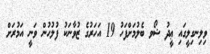
ވިލިނގިލީގައި ޢީދު ޝޯވ ބެލުމަށްފަހު 19 އަހަރުގެ ޒުވާނަކު ފުލުހުން ވަނީ އަމުރަށް